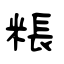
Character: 粻